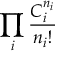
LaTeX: \prod _ { i } { \frac { C _ { i } ^ { n _ { i } } } { n _ { i } ! } }